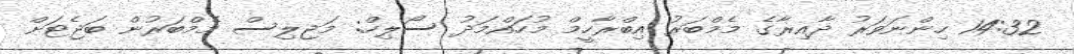
14:32 ހިންނަވަރު ދާއިރާގެ މެމްބަރު އިބްރާހީމް މުހައްމަދު ސޯލިހް: މަޖިލިސް މެމްބަރުން ބަޖެޓަށް